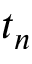
t _ { n }